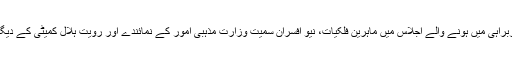
مفتی منیب الرحمان کی سربراہی میں ہونے والے اجلاس میں ماہرین فلکیات، نیو افسران سمیت وزارت مذہبی امور کے نمائندے اور رویت ہلال کمیٹی کے دیگر اراکین بھی موجود تھے۔